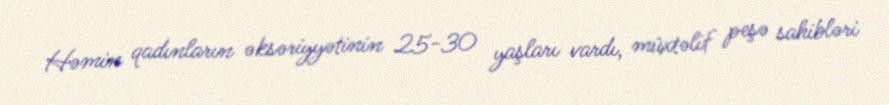
Həmin qadınların əksəriyyətinin 25-30 yaşları vardı, müxtəlif peşə sahibləri